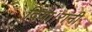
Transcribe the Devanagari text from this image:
दिया।रानी